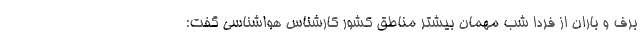
برف و باران از فردا شب مهمان بیشتر مناطق کشور کارشناس هواشناسی گفت: